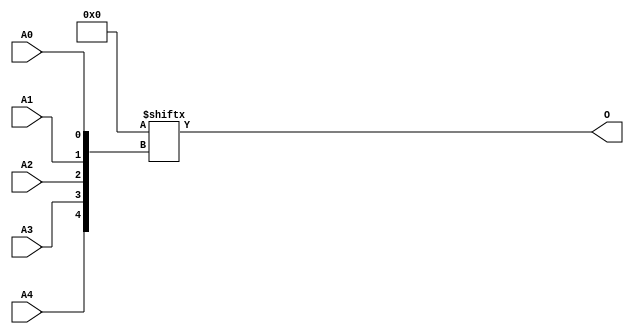
// $Header: /devl/xcs/repo/env/Databases/CAEInterfaces/xec_libs/data/unisims/ROM32X1.v,v 1.2 2007/05/02 17:18:07 vandanad Exp $

/*

FUNCTION	: ROM 32x1

*/

`celldefine
`timescale  100 ps / 10 ps

module ROM32X1 (O, A0, A1, A2, A3, A4);

    parameter INIT = 32'h00000000;

    output O;

    input  A0, A1, A2, A3, A4;

    wire dout;
    wire [4:0] adr;

    reg mem [0:31];
    reg  [5:0] count;

    buf b0 (adr[4], A4);
    buf b1 (adr[3], A3);
    buf b2 (adr[2], A2);
    buf b3 (adr[1], A1);
    buf b4 (adr[0], A0);
    buf b5 (O, dout);

// synopsys translate_off
    initial begin
	for(count = 0; count < 32; count = count + 1)
	    mem[count] = INIT[count];
    end
// synopsys translate_on

    assign dout = INIT[adr];

endmodule